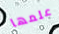
علمها